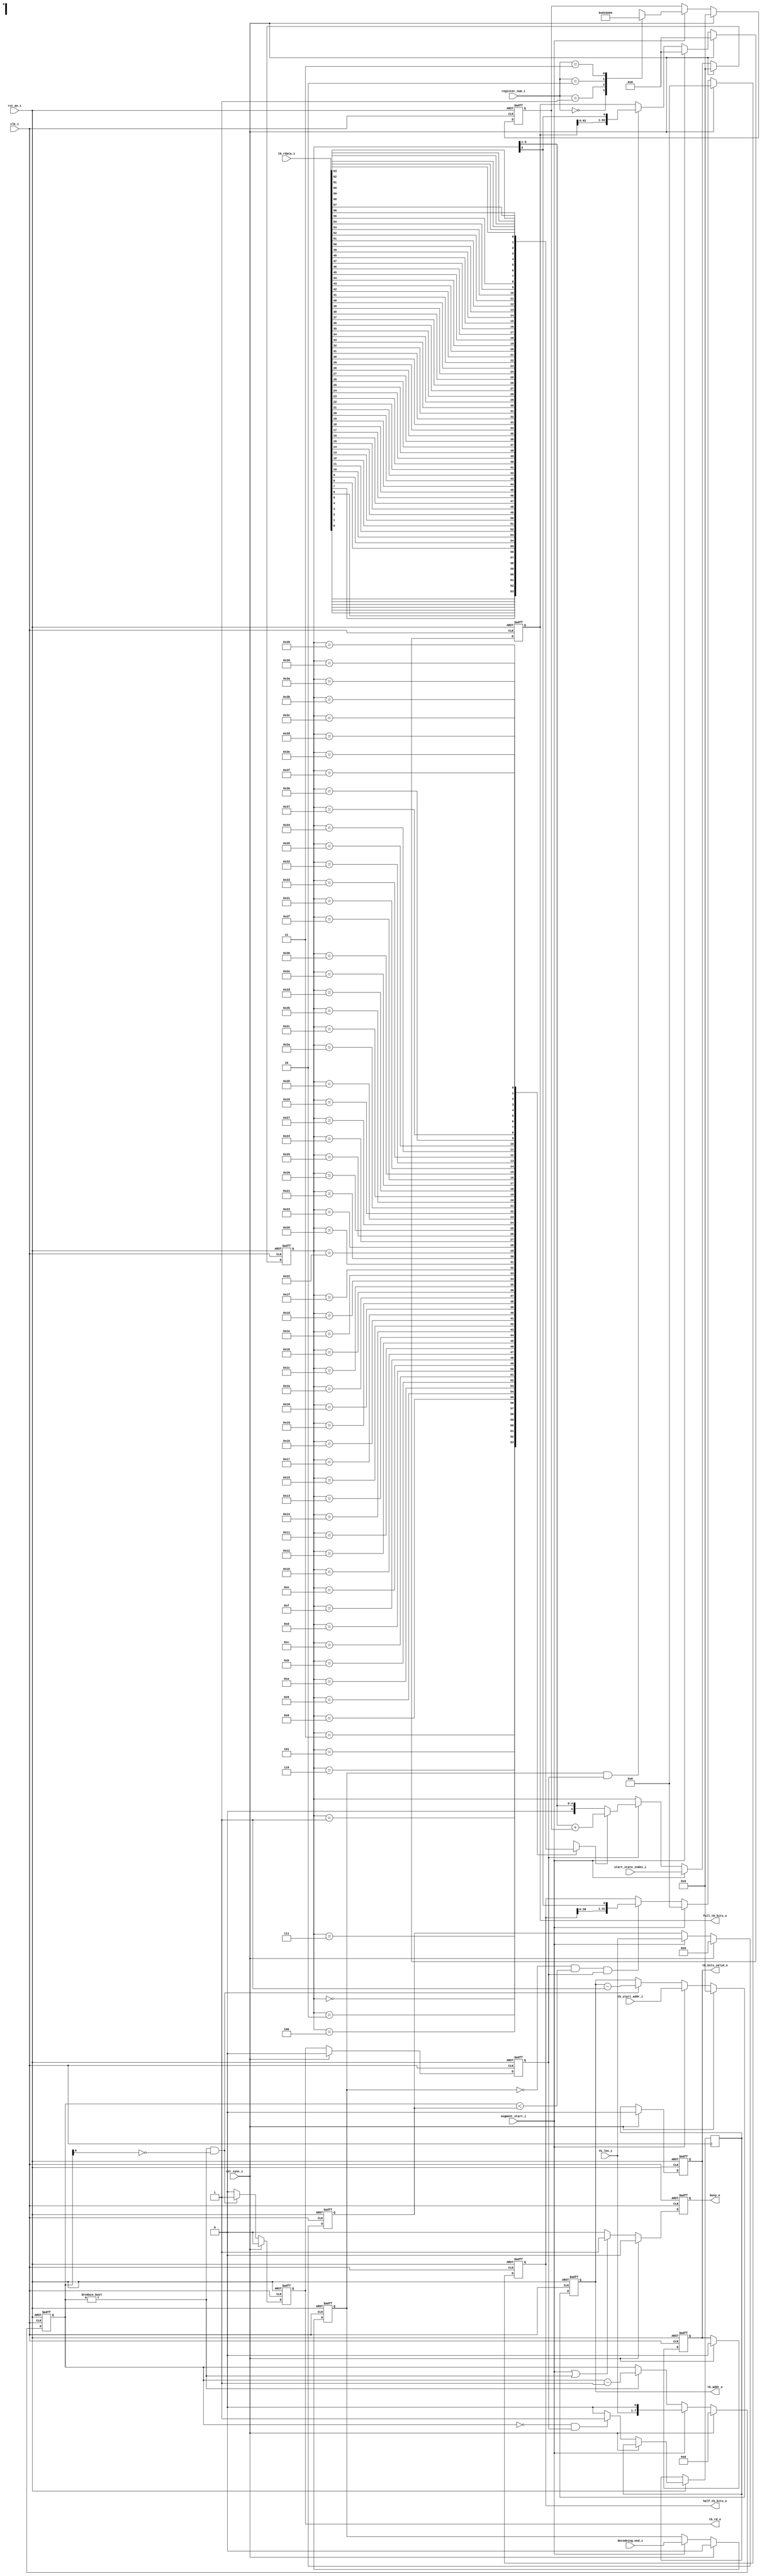




module traceback #(parameter W_TB_LEN=6,W_HALF=32,W_FULL=64)( 
    input                    clk_i,
    input                    rst_an_i,
    input                    rst_sync_i,
                             
    input [1:0]              register_num_i,
    input                    segment_start_i,
    output                   busy_o,
    
    //input parameter 
    input [5:0]              start_state_index_i,
    input [W_TB_LEN-1:0]     tb_start_addr_i,
    input [W_TB_LEN:0]     tb_len_i,
    input                    decodeing_end_i, 
    //out stream
    output [W_HALF-1:0] half_tb_bits_o,
    output [W_FULL-1:0]   full_tb_bits_o,  
    output                      tb_bits_valid_o,
    //    
    output                   tb_rd_o,
    output [W_TB_LEN-1:0]    tb_addr_o,
    input  [63:0]            tb_rdata_i

);


//parameter UPDATE_STATE = W_FULL*2-2;

reg [W_TB_LEN-1:0]   tb_addr_r;
reg                   tb_rd_r;
reg                   rdata_valid_r;
reg                   tb_bits_valid_r;
reg [W_TB_LEN:0]     tb_len_r;
reg                    decodeing_end_r; 

reg [W_TB_LEN+1:0]     tb_counter_r;
reg                  busy_r;
reg [5:0]            left_shif_num_r;
reg                  get_bit_s;
reg [W_HALF-1:0] half_tb_bits_r;
reg [W_FULL-1:0]   full_tb_bits_r;  

reg [5:0]            state_index_r;

reg                last_bit_load_r;

assign busy_o    = busy_r;
assign tb_rd_o   = tb_rd_r;
assign tb_addr_o = tb_addr_r;
assign half_tb_bits_o =half_tb_bits_r;
assign full_tb_bits_o = full_tb_bits_r;  
assign   tb_bits_valid_o = tb_bits_valid_r;


always@(posedge clk_i or negedge rst_an_i) begin
   if(!rst_an_i) begin 
     tb_len_r            <= 0;    
     decodeing_end_r     <= 0;        
    end
   else if(rst_sync_i ) begin 
     tb_len_r            <= 0;    
     decodeing_end_r     <= 0;     
    end
   else if(segment_start_i) begin    
     tb_len_r            <=  tb_len_i;                
     decodeing_end_r     <=  decodeing_end_i;         
   end
end

always@(posedge clk_i or negedge rst_an_i) begin
  if(!rst_an_i)  tb_counter_r <= 0;
  else if(rst_sync_i) tb_counter_r <= 0;
  else if(segment_start_i)  tb_counter_r <= tb_len_i<<1;
  else if(tb_counter_r!=0) tb_counter_r <= tb_counter_r -1;
end  


always@(posedge clk_i or negedge rst_an_i) begin
  if(!rst_an_i)  busy_r <= 0;
  else if(rst_sync_i) busy_r <= 0;
  else if(segment_start_i==1'b1 || tb_counter_r!=0 )  busy_r <= 1;
  else busy_r <= 0;
end 

always@(posedge clk_i or negedge rst_an_i) begin
  if(!rst_an_i)              tb_rd_r <= 0;    
  else if(rst_sync_i)        tb_rd_r <= 0;   
  else if(tb_counter_r!=0 && tb_counter_r[0]==1'b0)     tb_rd_r <= 1;  
  else tb_rd_r<= 0;  
end


always@(posedge clk_i or negedge rst_an_i) begin
  if(!rst_an_i)              rdata_valid_r <= 0;    
  else if(rst_sync_i)        rdata_valid_r <= 0;  
  else rdata_valid_r <= tb_rd_r;
end

always@(posedge clk_i or negedge rst_an_i) begin
  if(!rst_an_i)              tb_bits_valid_r <= 0;    
  else if(rst_sync_i)        tb_bits_valid_r <= 0;  
  else if(tb_counter_r==0 && rdata_valid_r==1'b1)
      last_bit_load_r <= 1'b1;
  else
      last_bit_load_r <= 1'b0;		
end

always@(posedge clk_i or negedge rst_an_i) begin
  if(!rst_an_i)              tb_bits_valid_r <= 0;    
  else if(rst_sync_i)        tb_bits_valid_r <= 0;  
  else    tb_bits_valid_r <=  last_bit_load_r;     	
end

  
always@(posedge clk_i or negedge rst_an_i) begin
  if(!rst_an_i)              tb_addr_r <= 0;  
  else if(rst_sync_i)        tb_addr_r <= 0;  
  else if(segment_start_i)   tb_addr_r <= tb_start_addr_i;  
  else if(tb_counter_r!=0 && tb_counter_r[0]==1'b0)     tb_addr_r <= tb_addr_r-1;
end



always@(posedge clk_i or negedge rst_an_i) begin
  if(!rst_an_i)             left_shif_num_r <= 0;  
  else if(rst_sync_i)       left_shif_num_r <= 0;  
  else  if(segment_start_i) begin
    case(register_num_i)
      2'b00: left_shif_num_r <= 6'b100000;
      2'b01: left_shif_num_r <= 6'b010000;
      2'b10: left_shif_num_r <= 6'b001000;
      2'b11: left_shif_num_r <= 6'b000100;
      default:left_shif_num_r <= 6'b100000;
    endcase
  end
end
always@(tb_rdata_i or state_index_r) begin
  case(state_index_r)
   6'd0 :   get_bit_s = tb_rdata_i[0 ] ;
   6'd1 :   get_bit_s = tb_rdata_i[1 ] ;
   6'd2 :   get_bit_s = tb_rdata_i[2 ] ;
   6'd3 :   get_bit_s = tb_rdata_i[3 ] ;
   6'd4 :   get_bit_s = tb_rdata_i[4 ] ;
   6'd5 :   get_bit_s = tb_rdata_i[5 ] ;
   6'd6 :   get_bit_s = tb_rdata_i[6 ] ;
   6'd7 :   get_bit_s = tb_rdata_i[7 ] ;
   6'd8 :   get_bit_s = tb_rdata_i[8 ] ;
   6'd9 :   get_bit_s = tb_rdata_i[9 ] ;
   6'd10:   get_bit_s = tb_rdata_i[10] ;
   6'd11:   get_bit_s = tb_rdata_i[11] ;
   6'd12:   get_bit_s = tb_rdata_i[12] ;
   6'd13:   get_bit_s = tb_rdata_i[13] ;
   6'd14:   get_bit_s = tb_rdata_i[14] ;
   6'd15:   get_bit_s = tb_rdata_i[15] ;
   6'd16:   get_bit_s = tb_rdata_i[16] ;
   6'd17:   get_bit_s = tb_rdata_i[17] ;
   6'd18:   get_bit_s = tb_rdata_i[18] ;
   6'd19:   get_bit_s = tb_rdata_i[19] ;
   6'd20:   get_bit_s = tb_rdata_i[20] ;
   6'd21:   get_bit_s = tb_rdata_i[21] ;
   6'd22:   get_bit_s = tb_rdata_i[22] ;
   6'd23:   get_bit_s = tb_rdata_i[23] ;
   6'd24:   get_bit_s = tb_rdata_i[24] ;
   6'd25:   get_bit_s = tb_rdata_i[25] ;
   6'd26:   get_bit_s = tb_rdata_i[26] ;
   6'd27:   get_bit_s = tb_rdata_i[27] ;
   6'd28:   get_bit_s = tb_rdata_i[28] ;
   6'd29:   get_bit_s = tb_rdata_i[29] ;
   6'd30:   get_bit_s = tb_rdata_i[30] ;
   6'd31:   get_bit_s = tb_rdata_i[31] ;
   6'd32:   get_bit_s = tb_rdata_i[32] ;
   6'd33:   get_bit_s = tb_rdata_i[33] ;
   6'd34:   get_bit_s = tb_rdata_i[34] ;
   6'd35:   get_bit_s = tb_rdata_i[35] ;
   6'd36:   get_bit_s = tb_rdata_i[36] ;
   6'd37:   get_bit_s = tb_rdata_i[37] ;
   6'd38:   get_bit_s = tb_rdata_i[38] ;
   6'd39:   get_bit_s = tb_rdata_i[39] ;
   6'd40:   get_bit_s = tb_rdata_i[40] ;
   6'd41:   get_bit_s = tb_rdata_i[41] ;
   6'd42:   get_bit_s = tb_rdata_i[42] ;
   6'd43:   get_bit_s = tb_rdata_i[43] ;
   6'd44:   get_bit_s = tb_rdata_i[44] ;
   6'd45:   get_bit_s = tb_rdata_i[45] ;
   6'd46:   get_bit_s = tb_rdata_i[46] ;
   6'd47:   get_bit_s = tb_rdata_i[47] ;
   6'd48:   get_bit_s = tb_rdata_i[48] ;
   6'd49:   get_bit_s = tb_rdata_i[49] ;
   6'd50:   get_bit_s = tb_rdata_i[50] ;
   6'd51:   get_bit_s = tb_rdata_i[51] ;
   6'd52:   get_bit_s = tb_rdata_i[52] ;
   6'd53:   get_bit_s = tb_rdata_i[53] ;
   6'd54:   get_bit_s = tb_rdata_i[54] ;
   6'd55:   get_bit_s = tb_rdata_i[55] ;
   6'd56:   get_bit_s = tb_rdata_i[56] ;
   6'd57:   get_bit_s = tb_rdata_i[57] ;
   6'd58:   get_bit_s = tb_rdata_i[58] ;
   6'd59:   get_bit_s = tb_rdata_i[59] ;
   6'd60:   get_bit_s = tb_rdata_i[60] ;
   6'd61:   get_bit_s = tb_rdata_i[61] ;
   6'd62:   get_bit_s = tb_rdata_i[62] ;
   6'd63:   get_bit_s = tb_rdata_i[63] ;
   default: get_bit_s = 0 ;
  endcase
end  

always@(posedge clk_i or negedge rst_an_i) begin
  if(!rst_an_i)              state_index_r <= 0;  
  else if(rst_sync_i)        state_index_r <= 0;  
  else if(segment_start_i)   state_index_r <= start_state_index_i; 
  else if( rdata_valid_r==1'b1)  begin
    if(get_bit_s)
       state_index_r <=(state_index_r>>1) + left_shif_num_r;  
    else
       state_index_r <=(state_index_r>>1);  
  end  
end


always@(posedge clk_i or negedge rst_an_i) begin
  if(!rst_an_i)              half_tb_bits_r <= 0;  
  else if(rst_sync_i)        half_tb_bits_r <= 0;  
  else if(segment_start_i)   half_tb_bits_r <= 0; 
  else if(~decodeing_end_r && tb_counter_r<tb_len_r && rdata_valid_r==1'b1)   
     half_tb_bits_r <= {half_tb_bits_r[W_HALF-2:0], state_index_r[0]};
  else half_tb_bits_r <= half_tb_bits_r;
end

always@(posedge clk_i or negedge rst_an_i) begin
  if(!rst_an_i)              full_tb_bits_r <= 0;  
  else if(rst_sync_i)        full_tb_bits_r <= 0;  
  else if(segment_start_i)   full_tb_bits_r <= 0; 
  else if(decodeing_end_r && rdata_valid_r==1'b1)   
     full_tb_bits_r <= {full_tb_bits_r[W_FULL-2:0], state_index_r[0]};
  else full_tb_bits_r <= full_tb_bits_r;
end


endmodule